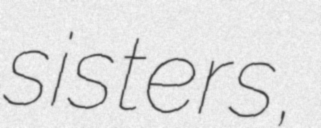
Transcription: sisters,